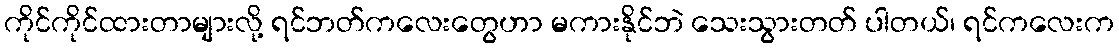
ကိုင်ကိုင်ထားတာများလို့ ရင်ဘတ်ကလေးတွေဟာ မကားနိုင်ဘဲ သေးသွားတတ် ပါတယ်၊ ရင်ကလေးက